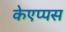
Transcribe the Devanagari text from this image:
केएप्पस